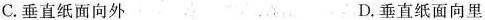
C.垂直纸面向外 D.垂直纸面向里